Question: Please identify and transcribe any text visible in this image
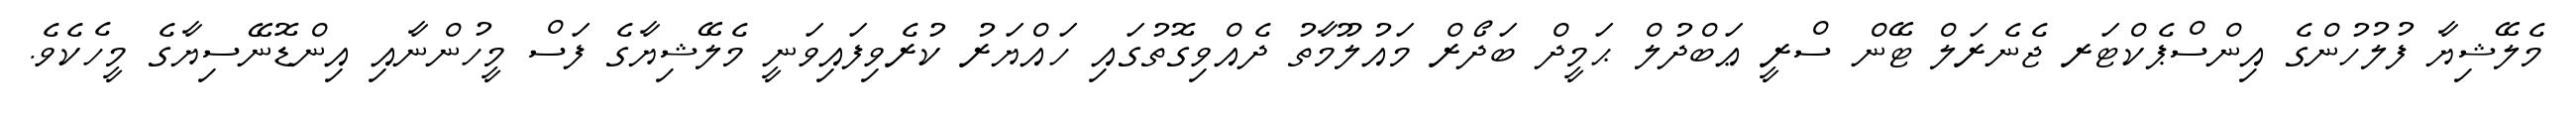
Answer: މެލޭޝިޔާ ފުލުހުންގެ އިންސްޕެކްޓަރ ޖެނެރަލް ޓޭން ސްރީ ޢަބްދުލް ޙަމީދް ބަދޯރް މައުލޫމާތު ދެއްވިގޮތުގައި ހައްޔަރު ކުރެވިފައިވަނީ މެލޭޝިޔާގެ ފަސް މީހުންނާއި އިންޑޮނޭސިޔާގެ މީހެކެވެ.